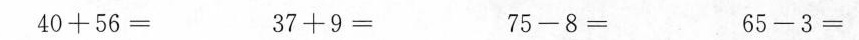
$$4 0 + 5 6 =$$ $$3 7 + 9 =$$ $$7 5 - 8 =$$ $$6 5 - 3 =$$